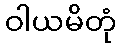
ဝါယမိတုံ